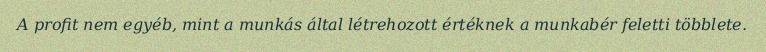
A profit nem egyéb, mint a munkás által létrehozott értéknek a munkabér feletti többlete.